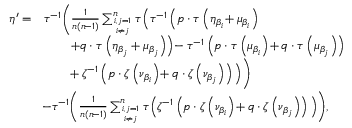
\begin{array} { r l } { \eta ^ { \prime } = } & { \tau ^ { \! - 1 } \Bigg ( \frac { 1 } { n ( n \! - 1 ) } \sum _ { i , j = 1 \atop i \neq j } ^ { n } \tau \Big ( \tau ^ { \! - 1 } \left( p \cdot \tau \left( \eta _ { \beta _ { i } } \! + \mu _ { \beta _ { i } } \right) \right. \Big . \Bigg . } \\ & { \left. \quad \quad + q \cdot \tau \left( \eta _ { \beta _ { j } } + \mu _ { \beta _ { j } } \right) \right) \! - \tau ^ { \! - 1 } \left( p \cdot \tau \left( \mu _ { \beta _ { i } } \right) \! + q \cdot \tau \left( \mu _ { \beta _ { j } } \right) \right) } \\ & { \Bigg . \Big . \quad \quad \! + \zeta ^ { \! - 1 } \left( p \cdot \zeta \left( \nu _ { \beta _ { i } } \right) \! + q \cdot \zeta \left( \nu _ { \beta _ { j } } \right) \right) \Big ) \Bigg ) } \\ & { \! - \tau ^ { \! - 1 } \Bigg ( \frac { 1 } { n ( n \! - 1 ) } \sum _ { i , j = 1 \atop i \neq j } ^ { n } \tau \Big ( \zeta ^ { \! - 1 } \left( p \cdot \zeta \left( \nu _ { \beta _ { i } } \right) \! + q \cdot \zeta \left( \nu _ { \beta _ { j } } \right) \right) \Big ) \Bigg ) , } \end{array}